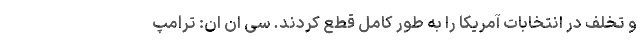
و تخلف در انتخابات آمریکا را به طور کامل قطع کردند. سی ان ان: ترامپ